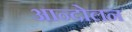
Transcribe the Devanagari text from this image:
अान्दोलन